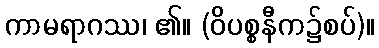
ကာမရာဂဿ၊ ၏။ (ဝိပစ္စနီက၌စပ်)။